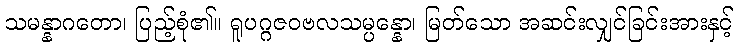
သမန္နာဂတော၊ ပြည့်စုံ၏။ ရူပဂ္ဂဇဝဗလသမ္ပန္နော၊ မြတ်သော အဆင်းလျှင်ခြင်းအားနှင့်